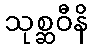
သုစ္ဆဝီနိ